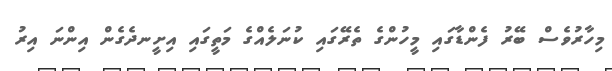
މިހާރުވެސް ބޭރު ފެންޑާގައި މީހުންގެ ތެރޭގައި ކުނަލެއްގެ މަތީގައި އިށީނދެގެން އިންނަ އިރު